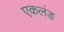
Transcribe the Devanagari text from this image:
एकलंड